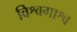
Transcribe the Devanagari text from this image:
विश्वगाश्व